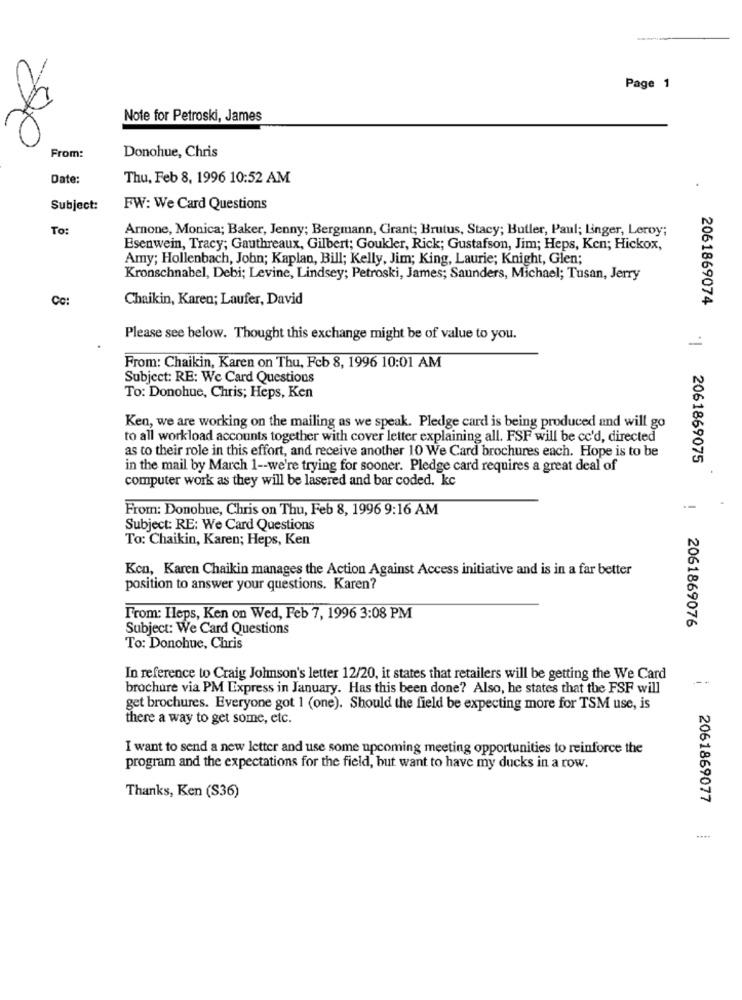
Page 1
Note for Petroski, James
From:
Donohue, Chris
Date:
Thu, Feb 8, 1996 10:52 AM
Subject:
FW: We Card Questions
To:
Arnone, Monica; Baker, Jenny; Bergmann, Grant; Brutus, Stacy; Butler, Paul; Linger, Leroy;
Esenwein, Tracy; Gauthreaux, Gilbert; Goukler, Rick; Gustafson, Jim; Heps, Ken; Hickox,
Amy; Hollenbach, John; Kaplan, Bill; Kelly, Jim; King, Laurie; Knight, Glen;
Kronschnabel, Debi; Levine, Lindsey; Petroski, James; Saunders, Michael; Tusan, Jerry
Cc:
Chaikin, Karen; Laufer, David
2061869074
Please see below. Thought this exchange might be of value to you.
From: Chaikin, Karen on Thu, Feb 8, 1996 10:01 AM
Subject: RE: We Card Questions
To: Donohue, Chris; Heps, Ken
Ken, we are working on the mailing as we speak. Pledge card is being produced and will go
to all workload accounts together with cover letter explaining all. FSF will be cc'd, directed
as to their role in this effort, and receive another 10 We Card brochures each. Hope is to be
'| 2061869075
in the mail by March 1 -- we're trying for sooner. Pledge card requires a great deal of
computer work as they will be lasered and bar coded. kc
From: Donobue, Chris on Thu, Feb 8, 1996 9:16 AM
Subject: RE: We Card Questions
To: Chaikin, Karen; Heps, Ken
Ken, Karen Chaikin manages the Action Against Access initiative and is in a far better
position to answer your questions. Karen?
From: Ileps, Ken on Wed, Feb 7, 1996 3:08 PM
2061869076
Subject: We Card Questions
To: Donohue, Chris
In reference to Craig Johnson's letter 12/20, it states that retailers will be getting the We Card
---
brochure via PM Express in January. Has this been done? Also, he states that the FSF will
get brochures. Everyone got 1 (one). Should the field be expecting more for TSM use, is
there a way to get some, etc.
I want to send a new letter and use some upcoming meeting opportunities to reinforce the
program and the expectations for the field, but want to have my ducks in a row.
Thanks, Ken (S36)
2061869077